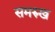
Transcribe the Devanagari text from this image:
समरुख